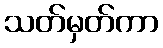
သတ်မှတ်ကာ